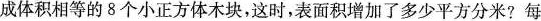
成体积相等的8个小正方体木块，这时，表面积增加了多少平方分米?每